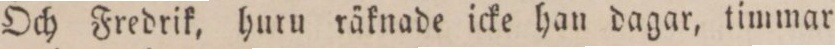
Och Fredrik, huru räknade icke han dagar, timmar